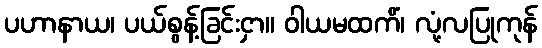
ပဟာနာယ၊ ပယ်စွန့်ခြင်းငှာ။ ဝါယမထကိံ၊ လုံ့လပြုကုန်